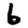
Digit: 6